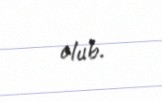
olub.